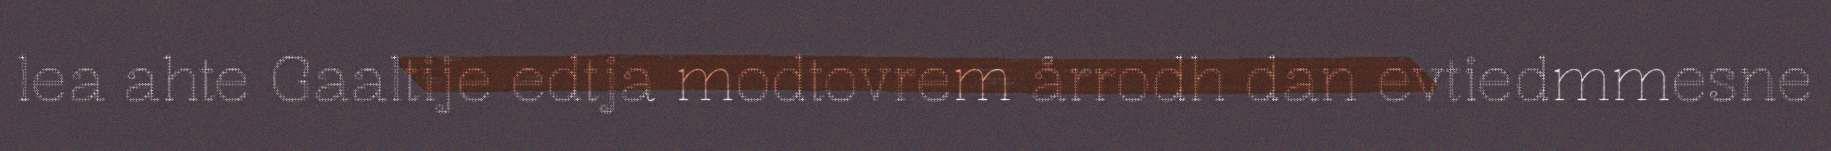
lea ahte Gaaltije edtja modtovrem årrodh dan evtiedmmesne